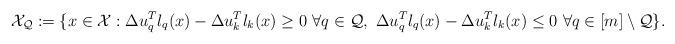
LaTeX: \begin{gather*}\mathcal{X}_\mathcal{Q} := \{x \in \mathcal{X}: \Delta u_q^T l_q(x) - \Delta u_k^T l_k(x) \geq 0 \ \forall q \in \mathcal{Q}, \ \Delta u_q^T l_q(x) - \Delta u_k^T l_k(x) \leq 0 \ \forall q \in [m] \setminus \mathcal{Q}\}.\end{gather*}